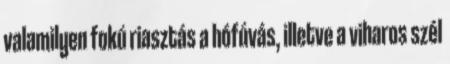
valamilyen fokú riasztás a hófúvás, illetve a viharos szél